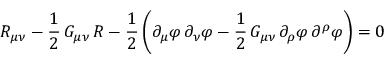
R _ { \mu \nu } - \frac { 1 } { 2 } \, G _ { \mu \nu } \, { \cal R } - \frac { 1 } { 2 } \left( \partial _ { \mu } \varphi \, \partial _ { \nu } \varphi - \frac { 1 } { 2 } \, G _ { \mu \nu } \, \partial _ { \rho } \varphi \, \partial ^ { \rho } \varphi \right) = 0